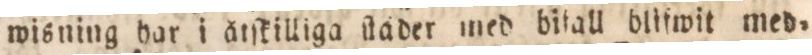
wisning har i åtſkilliga ſtader med bifall blifwit med=